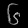
Digit: ၆